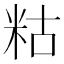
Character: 䊀